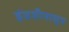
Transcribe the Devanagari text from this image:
इंग्रजीपासुन